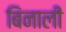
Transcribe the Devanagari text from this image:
बिनाली